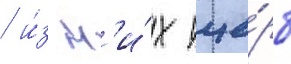
/ и́з н'и́х уще́рб